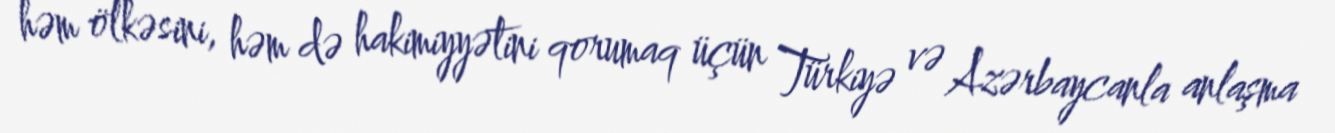
həm ölkəsini, həm də hakimiyyətini qorumaq üçün Türkiyə və Azərbaycanla anlaşma